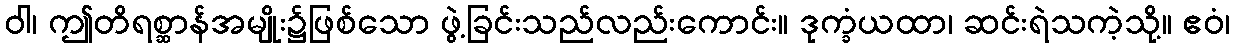
ဝါ၊ ဤတိရစ္ဆာန်အမျိုး၌ဖြစ်သော ဖွဲ့ခြင်းသည်လည်းကောင်း။ ဒုက္ခံယထာ၊ ဆင်းရဲသကဲ့သို့။ ဧဝံ၊